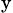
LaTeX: _\mathrm{y}